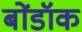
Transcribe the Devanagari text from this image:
बोंडॉक